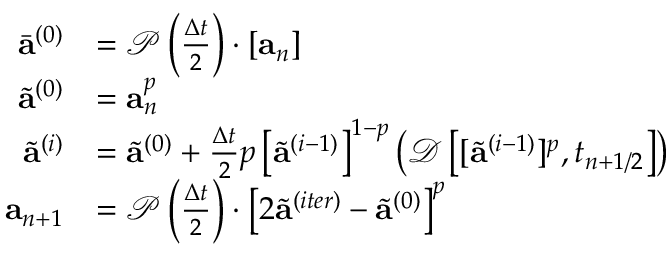
\begin{array} { r } { \begin{array} { r l } { \bar { \mathbf { a } } ^ { ( 0 ) } } & { = \mathcal { P } \left( \frac { \Delta t } { 2 } \right) \cdot \left[ \mathbf { a } _ { n } \right] } \\ { \tilde { \mathbf { a } } ^ { ( 0 ) } } & { = \mathbf { a } _ { n } ^ { p } } \\ { \tilde { \mathbf { a } } ^ { ( i ) } } & { = \tilde { \mathbf { a } } ^ { ( 0 ) } + \frac { \Delta t } { 2 } p \left[ \tilde { \mathbf { a } } ^ { ( i - 1 ) } \right] ^ { 1 - p } \left( \mathcal { D } \left[ [ \tilde { \mathbf { a } } ^ { ( i - 1 ) } ] ^ { p } , t _ { n + 1 / 2 } \right] \right) } \\ { \mathbf { a } _ { n + 1 } } & { = \mathcal { P } \left( \frac { \Delta t } { 2 } \right) \cdot \left[ 2 \tilde { \mathbf { a } } ^ { ( i t e r ) } - \tilde { \mathbf { a } } ^ { ( 0 ) } \right] ^ { p } } \end{array} } \end{array}